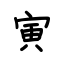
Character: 寅